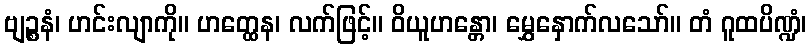
ဗျဉ္စနံ၊ ဟင်းလျာကို။ ဟတ္ထေန၊ လက်ဖြင့်။ ဝိယူဟန္တော၊ မွှေနှောက်လသော်။ တံ ဂူထပိဏ္ဍံ၊